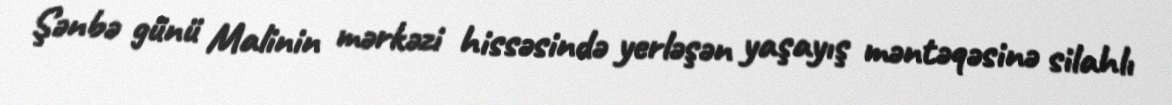
Şənbə günü Malinin mərkəzi hissəsində yerləşən yaşayış məntəqəsinə silahlı